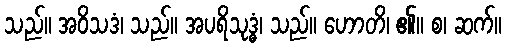
သည်။ အဝိသဒံ၊ သည်။ အပရိသုဒ္ဓံ၊ သည်။ ဟောတိ၊ ၏။ စ၊ ဆက်။